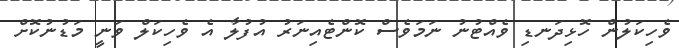
ވެހިކަލުން ހޮޅިދަނޑި ވެއްޓުނު ނަމަވެސް ކޮންޓެއިނަރު އުފުލާ އެ ވެހިކަލް ވަނީ މަޑުނުކޮށް